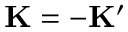
{ \bf K } = - { \bf K } ^ { \prime }